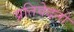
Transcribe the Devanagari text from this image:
प्रतिवेदनो